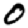
Digit: 0